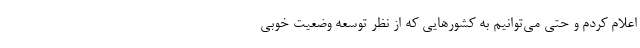
اعلام کردم و حتی می‌توانیم به کشور‌هایی که از نظر توسعه وضعیت خوبی